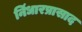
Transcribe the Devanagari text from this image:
निंधारप्रासाद